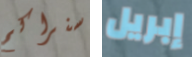
سنراكم إبريل